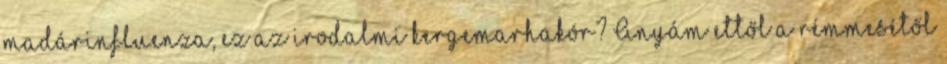
madárinfluenza, ez az irodalmi kergemarhakór? Anyám ettől a rémmesétől